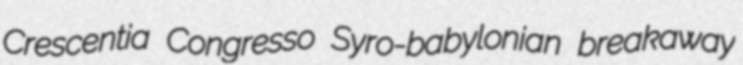
Crescentia Congresso Syro-babylonian breakaway